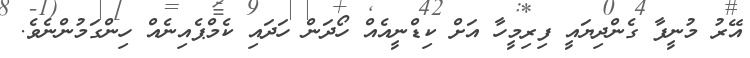
އޭރު މުނީފާ ގެންދިޔައީ ފިރިމީހާ އަށް ކިޑްނީއެއް ހޯދަން ހަދައި ކެމްޕެއިނެއް ހިންގަމުންނެވެ.